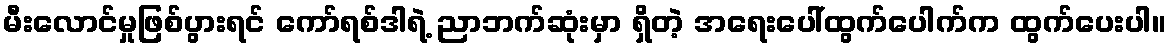
မီးလောင်မှုဖြစ်ပွားရင် ကော်ရစ်ဒါရဲ့ ညာဘက်ဆုံးမှာ ရှိတဲ့ အရေးပေါ်ထွက်ပေါက်က ထွက်ပေးပါ။